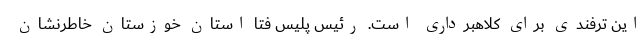
این ترفندی برای کلاهبرداری است. رئیس پلیس فتا استان خوزستان خاطرنشان